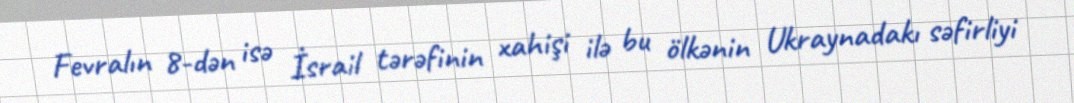
Fevralın 8-dən isə İsrail tərəfinin xahişi ilə bu ölkənin Ukraynadakı səfirliyi